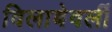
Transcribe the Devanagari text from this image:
विलाबेवर्ली